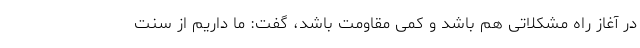
در آغاز راه مشکلاتی هم باشد و کمی مقاومت باشد، گفت: ما داریم از سنت